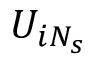
U _ { i N _ { s } }